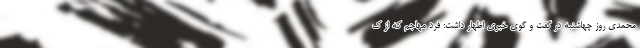
محمدی روز چهاشنبه در گفت و گوی خبری اظهار داشت: فرد مهاجم که از ک